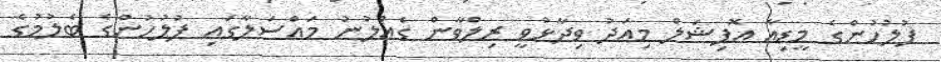
ފުލުހުންގެ މީޑިއާ އޮފިޝަލް މިއަދު ވިދާޅުވީ ރިލްވާން ގެއްލުނު މައްސަލާގައި ފުލުހުންގެ ބެލުމުގެ